画像に写った文字を読んでください
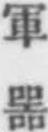
「軍噐」と書いてあります